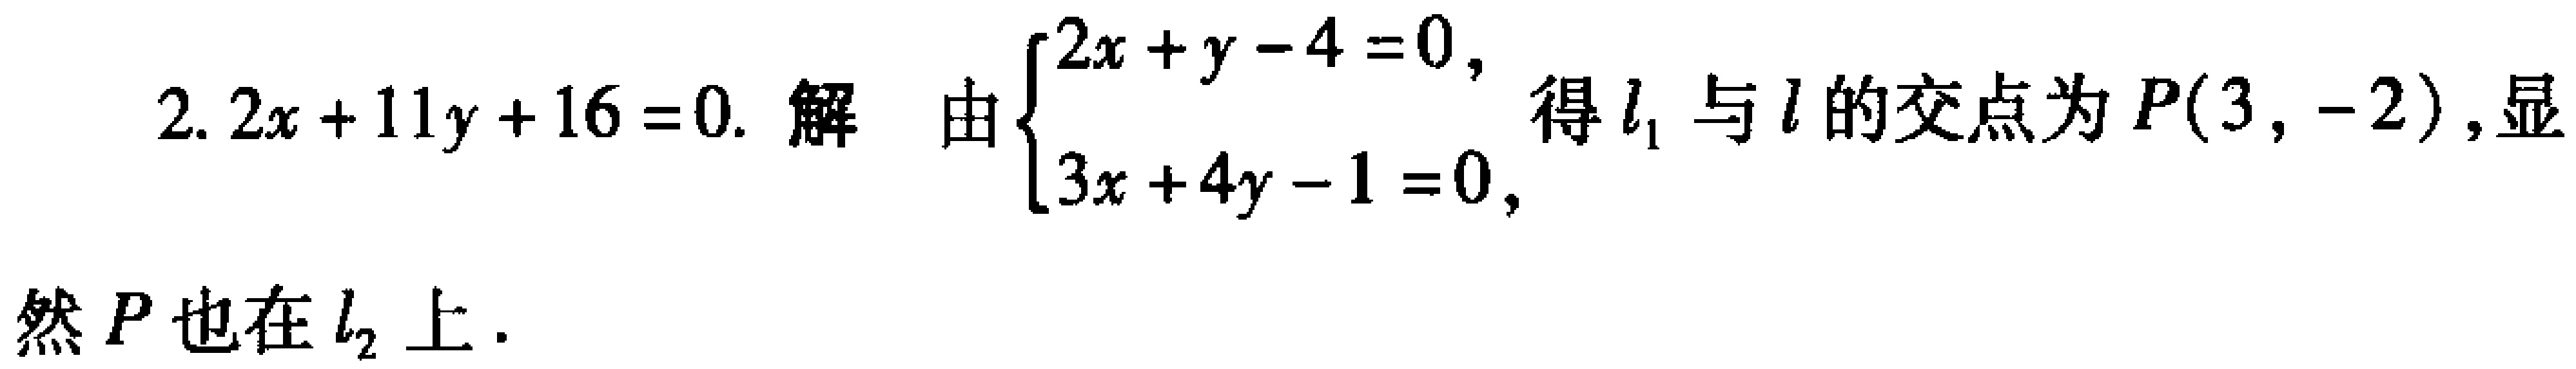
2. \(2x + 11y + 16 = 0\). 解 由\(\begin{cases}2x + y - 4 = 0,\\3x + 4y - 1 = 0,\end{cases}\)得\(l_1\)与\(l\)的交点为\(P(3, - 2)\),显然\(P\)也在\(l_2\)上.